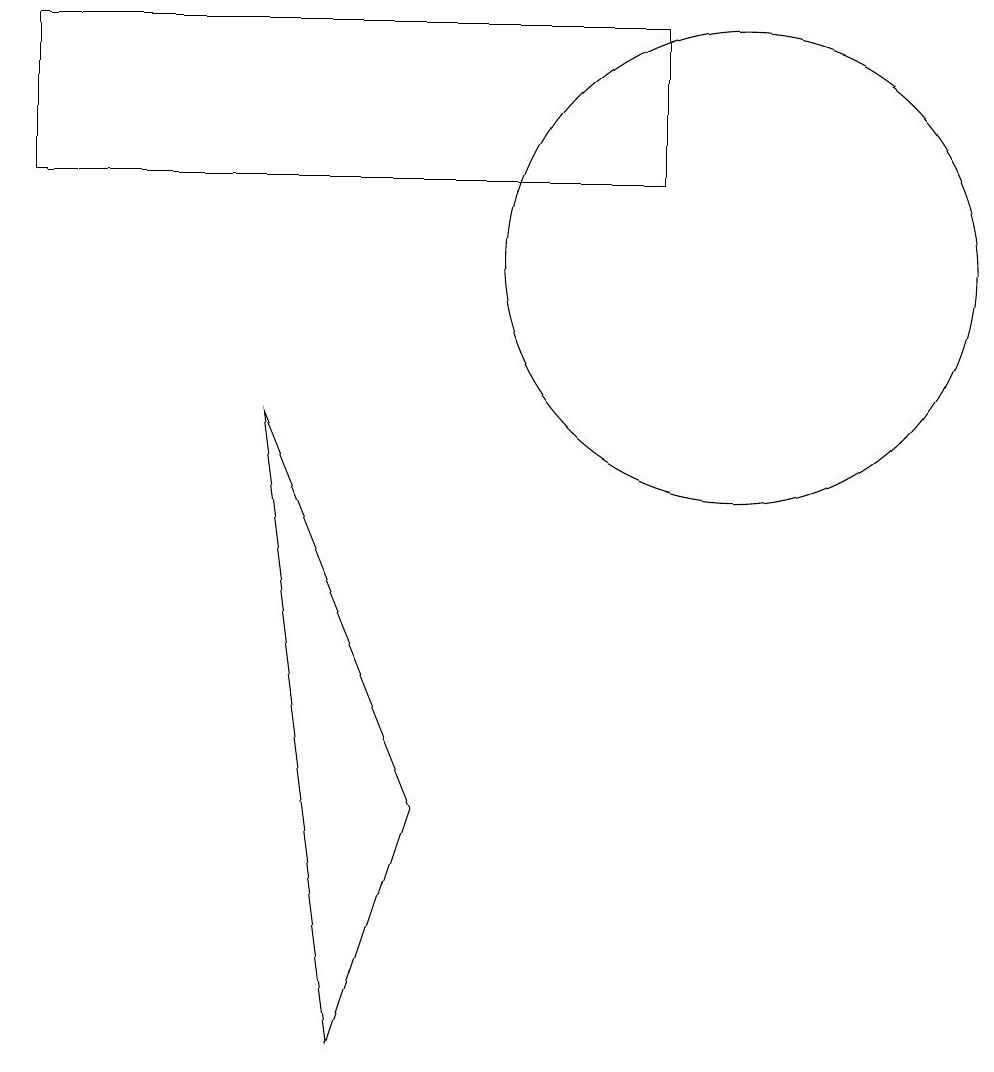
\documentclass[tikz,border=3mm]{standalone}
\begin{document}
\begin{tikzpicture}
\draw (10,10) circle (3);
\draw (4,8) -- (5,0) -- (6,3) -- cycle;
\draw (1,11) rectangle (9,13);
\draw (10,11) circle (0);
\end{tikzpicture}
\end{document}